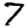
Digit: 7